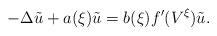
LaTeX: \begin{align*}-\Delta\tilde{u}+a(\xi)\tilde{u}=b(\xi)f^{\prime}(V^{\xi})\tilde{u}.\end{align*}